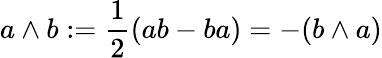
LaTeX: a\wedge b:={\frac{1}{2}}(ab-ba)=-(b\wedge a)